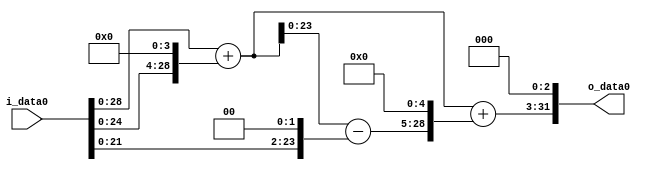
module multiplier_block (
    i_data0,
    o_data0
);

  // Port mode declarations:
  input   [31:0] i_data0;
  output  [31:0]
    o_data0;

  //Multipliers:

  wire [31:0]
    w1,
    w16,
    w17,
    w4,
    w13,
    w416,
    w433,
    w3464;

  assign w1 = i_data0;
  assign w13 = w17 - w4;
  assign w16 = w1 << 4;
  assign w17 = w1 + w16;
  assign w3464 = w433 << 3;
  assign w4 = w1 << 2;
  assign w416 = w13 << 5;
  assign w433 = w17 + w416;

  assign o_data0 = w3464;

  //multiplier_block area estimate = 4637.00162866618;
endmodule